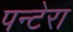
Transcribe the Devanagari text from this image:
पन्टेरा